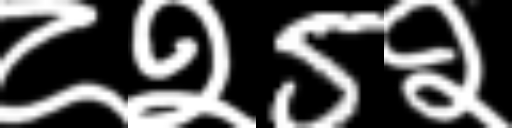
Text: ८२5२